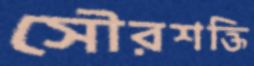
সৌরশক্তি